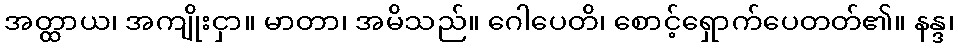
အတ္ထာယ၊ အကျိုးငှာ။ မာတာ၊ အမိသည်။ ဂေါပေတိ၊ စောင့်ရှောက်ပေတတ်၏။ နန္ဒ၊